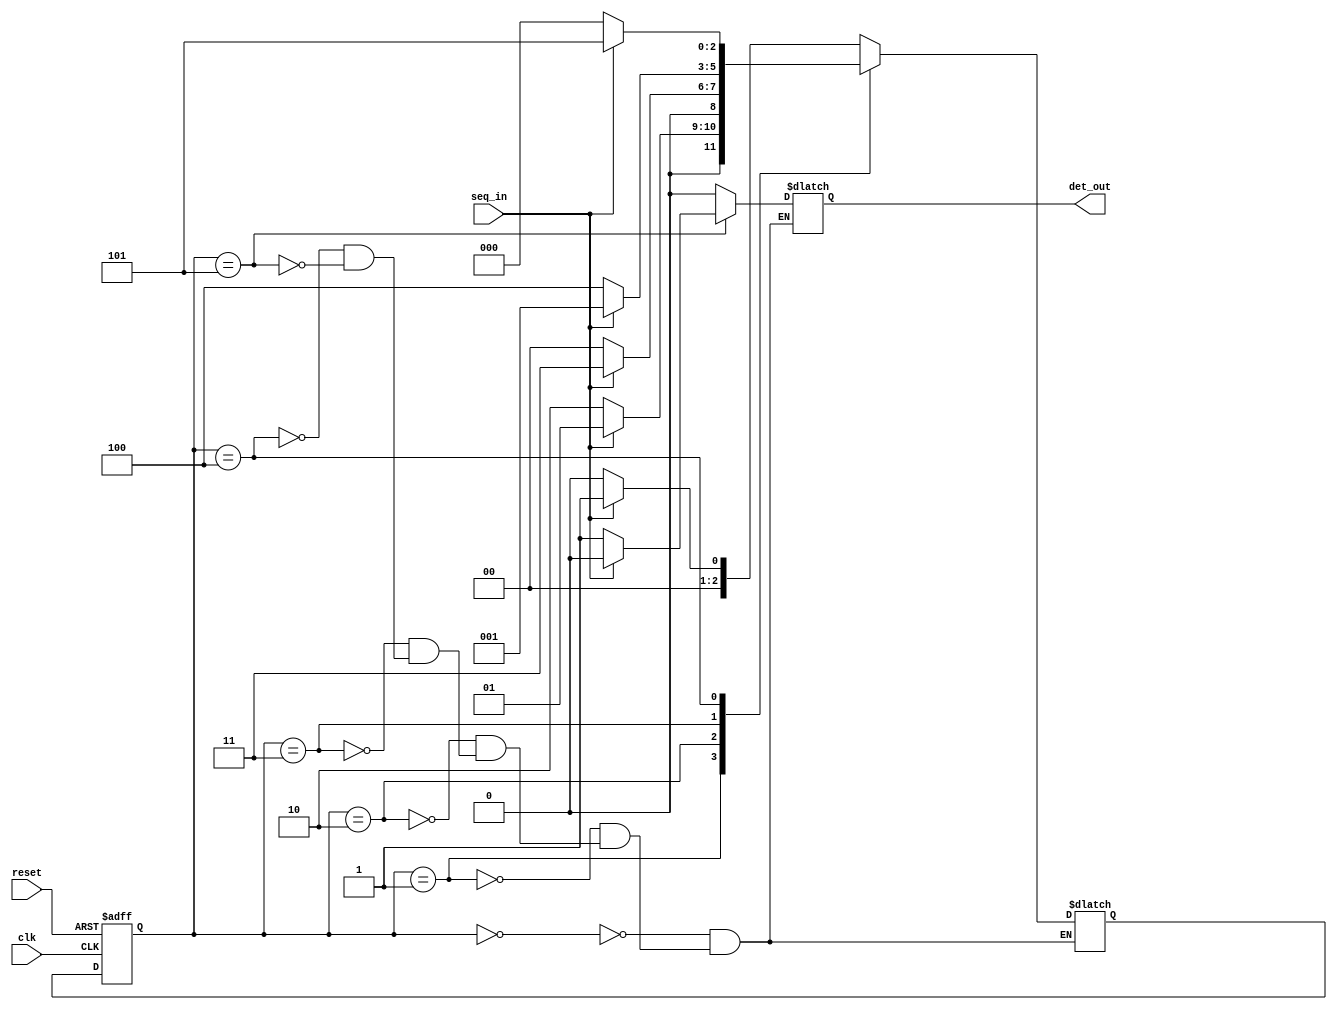
`timescale 1ns / 1ps
//////////////////////////////////////////////////////////////////////////////////
// Company: 
// Engineer: 
// 
// Design Name: 
// Module Name: seqdet
// Project Name: 
// Target Devices: 
// Tool Versions: 
// Description: 
// 
// Dependencies: 
// 
// Revision:
// Revision 0.01 - File Created
// Additional Comments:
// 
//////////////////////////////////////////////////////////////////////////////////


module seqdet(reset, clk, seq_in, det_out);

input clk, reset, seq_in;
output reg det_out;

parameter S0=0,
S1=1,S2=2,
S3=3,S4=4,
S5=5;

reg [0:2] current_state, next_state;

always @(posedge clk or posedge reset)
begin
 if(reset==1) 
 current_state <= S0;
 else
 current_state <= next_state; 
end

always @(current_state, seq_in)
begin
    case(current_state)
    S0:begin
        next_state = seq_in ? S1 : S0;
        det_out = seq_in ? 0 : 0;
    end
    
    S1:begin
        next_state = seq_in ? S1 : S2;
        det_out = seq_in ? 0 : 0;
    end
    
    S2:begin
    next_state = seq_in ? S3 : S0;
    det_out = seq_in ? 0 : 0;
    end

    S3:begin
    next_state = seq_in ? S1 : S4;
    det_out = seq_in ? 0 : 0;
    end    

    S4:begin
    next_state = seq_in ? S5 : S0;
    det_out = seq_in ? 0 : 0;
    end    

    S5:begin
    next_state = seq_in ? S1 : S0;
    det_out = seq_in ? 0 : 1;
    end
        
    endcase       
end
 

endmodule